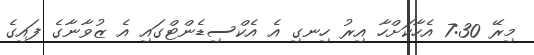
މިރޭ 7:30 އެހާކަށްހާ އިރު ހިނގި އެ އެކްސިޑެންޓްގައި އެ ޒުވާނާގެ ފައިގެ